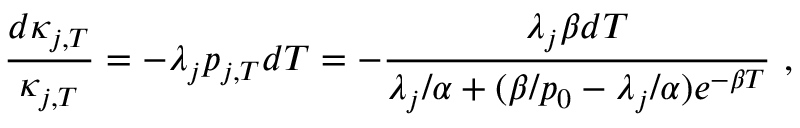
\frac { d \kappa _ { j , T } } { \kappa _ { j , T } } = - \lambda _ { j } p _ { j , T } d T = - \frac { \lambda _ { j } \beta d T } { \lambda _ { j } / \alpha + ( \beta / p _ { 0 } - \lambda _ { j } / \alpha ) e ^ { - \beta T } } \ ,